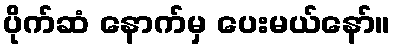
ပိုက်ဆံ နောက်မှ ပေးမယ်နော်။